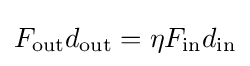
F_{\text{out}}d_{\text{out}}=\eta F_{\text{in}}d_{\text{in}}